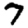
Digit: 7